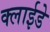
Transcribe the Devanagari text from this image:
क्लाईडे